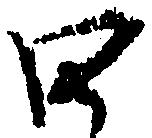
口